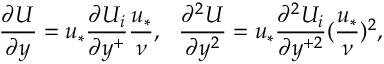
\frac { \partial U } { \partial y } = u _ { * } \frac { \partial U _ { i } } { \partial y ^ { + } } \frac { u _ { * } } { \nu } , \ \ \frac { \partial ^ { 2 } U } { \partial y ^ { 2 } } = u _ { * } \frac { \partial ^ { 2 } U _ { i } } { \partial y ^ { + 2 } } ( \frac { u _ { * } } { \nu } ) ^ { 2 } ,